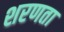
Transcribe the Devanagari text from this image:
शरणता